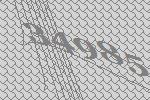
34985